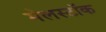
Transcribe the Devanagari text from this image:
मेलस्टॉक